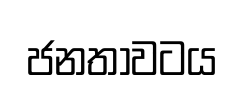
ජනතාවටය